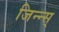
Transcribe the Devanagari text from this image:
जिन्न्स्